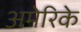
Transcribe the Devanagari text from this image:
अमेरिके